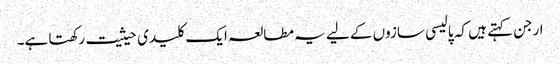
ارجن کہتے ہیں کہ پالیسی سازوں کے لیے یہ مطالعہ ایک کلیدی حیثیت رکھتا ہے۔